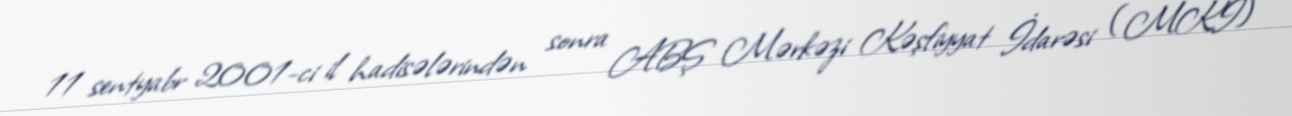
11 sentyabr 2001-ci il hadisələrindən sonra ABŞ Mərkəzi Kəşfiyyat İdarəsi (MKİ)